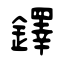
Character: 鐸